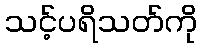
သင့်ပရိသတ်ကို